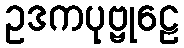
ဥဒကပုဗ္ဗုဠေ